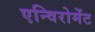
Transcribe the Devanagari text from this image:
एन्विरोमेंट